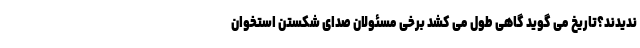
ندیدند؟تاریخ می گوید گاهی طول می کشد برخی مسئولان صدای شکستن استخوان